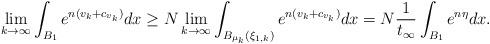
LaTeX: \begin{align*} \lim_{k\to\infty} \int_{B_1}e^{n(v_k+c_{v_k})}dx\geq N\lim_{k\to\infty}\int_{B_{\mu_k}(\xi_{1,k})}e^{n(v_k+c_{v_k})}dx=N\frac{1}{t_\infty}\int_{B_1}e^{n\eta}dx. \end{align*}